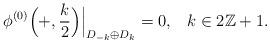
LaTeX: \begin{align*} \phi^{(0)}\Big(+, \frac{k}{2}\Big)\Big\vert_{D_{-k} \oplus D_k}=0, \;\;\; k \in 2\mathbb{Z}+1.\end{align*}